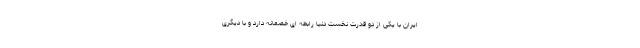
ایران با یکی از دو قدرت نخست دنیا رابطه ای خصمانه دارد و با دیگری